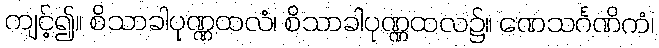
ကျင့်၍။ စိသာခါပုဏ္ဏထလံ၊ စိသာခါပုဏ္ဏထလ၌။ ဏေသင်္ဂဏိကံ၊